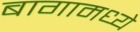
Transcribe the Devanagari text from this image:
बागामध्ये